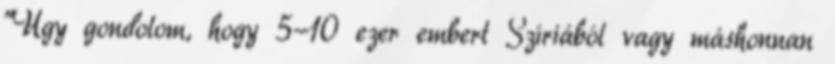
"Úgy gondolom, hogy 5-10 ezer embert Szíriából vagy máshonnan